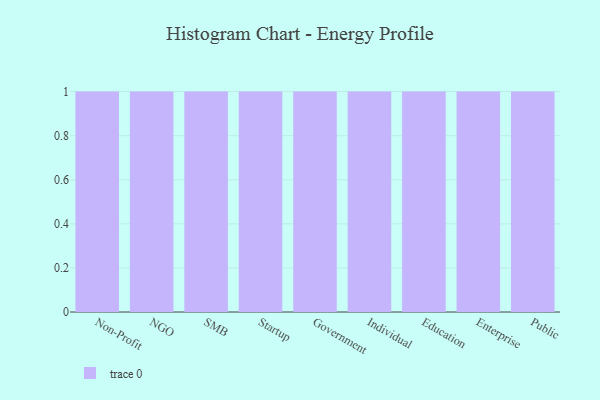
{"axis": {"x": "Segment", "y": "Satisfaction Score"}, "legend": [""], "data": [{"x": "Non-Profit", "y": 23, "type": ""}, {"x": "NGO", "y": 38, "type": ""}, {"x": "SMB", "y": 97, "type": ""}, {"x": "Startup", "y": 23, "type": ""}, {"x": "Government", "y": 62, "type": ""}, {"x": "Individual", "y": 96, "type": ""}, {"x": "Education", "y": 47, "type": ""}, {"x": "Enterprise", "y": 7, "type": ""}, {"x": "Public", "y": 16, "type": ""}]}